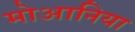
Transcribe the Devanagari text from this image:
मोआनिया